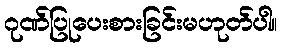
ဂုဏ်ပြုပေးစားခြင်းမဟုတ်ပါ။